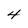
Character: 4